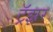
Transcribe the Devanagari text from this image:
ट्रॅझ़र